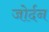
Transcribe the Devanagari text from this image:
जोर्दन